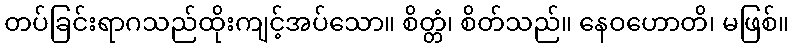
တပ်ခြင်းရာဂသည်ထိုးကျင့်အပ်သော။ စိတ္တံ၊ စိတ်သည်။ နေဝဟောတိ၊ မဖြစ်။